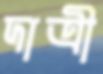
দাত্রী